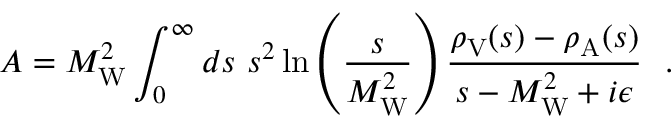
{ \cal A } = M _ { \mathrm { W } } ^ { 2 } \int _ { 0 } ^ { \infty } d s ~ s ^ { 2 } \ln \left( { \frac { s } { M _ { \mathrm { W } } ^ { 2 } } } \right) { \frac { \rho _ { \mathrm { V } } ( s ) - \rho _ { \mathrm { A } } ( s ) } { s - M _ { \mathrm { W } } ^ { 2 } + i \epsilon } } \ \ .